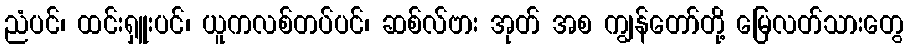
ညံပင်၊ ထင်းရှူးပင်၊ ယူကလစ်တပ်ပင်၊ ဆစ်လ်ဗား အုတ် အစ ကျွန်တော်တို့ မြေလတ်သားတွေ